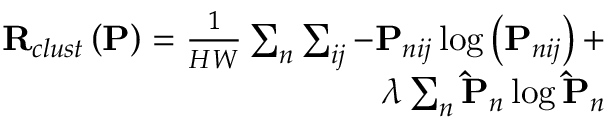
\begin{array} { r } { \mathbf { R } _ { c l u s t } \left( \mathbf { P } \right) = \frac { 1 } { H W } \sum _ { n } \sum _ { i j } - \mathbf { P } _ { n i j } \log \left( \mathbf { P } _ { n i j } \right) + } \\ { \lambda \sum _ { n } \mathbf { \hat { P } } _ { n } \log \mathbf { \hat { P } } _ { n } } \end{array}